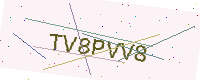
Text: TV8PVV8